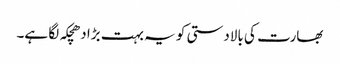
بھارت کی بالادستی کو یہ بہت بڑا دھچکہ لگا ہے۔